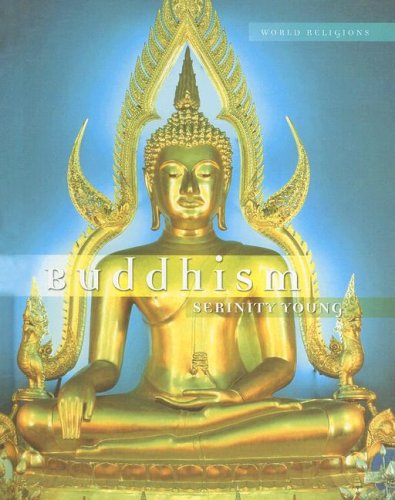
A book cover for Buddhism (World Religions); Serinity Young; Teen & Young Adult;